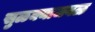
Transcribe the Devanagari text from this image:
सुळक्याजवळ